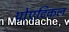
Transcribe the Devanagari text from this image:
पोएटिकल